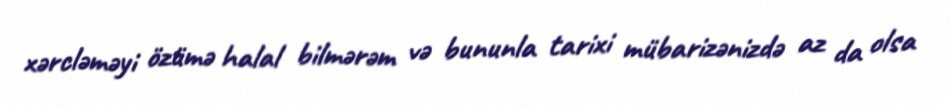
xərcləməyi özümə halal bilmərəm və bununla tarixi mübarizənizdə az da olsa